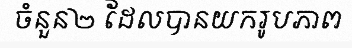
ចំនួន២ ដែលបានយករូបភាព